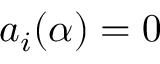
a _ { i } ( \alpha ) = 0